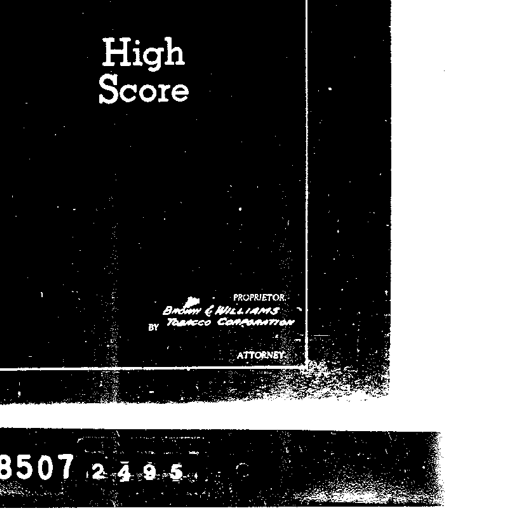
High
Score
PROPRIETOR
BY BROWN & WILLIAMS
TOBACCO CORPORATION
ATTORNEY
8507 2495